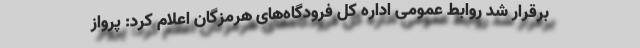
برقرار شد روابط عمومی اداره کل فرودگاه‌های هرمزگان اعلام کرد: پرواز